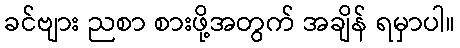
ခင်ဗျား ညစာ စားဖို့အတွက် အချိန် ရမှာပါ။